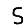
Digit: 5